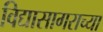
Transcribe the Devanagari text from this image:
विद्यासागराच्या